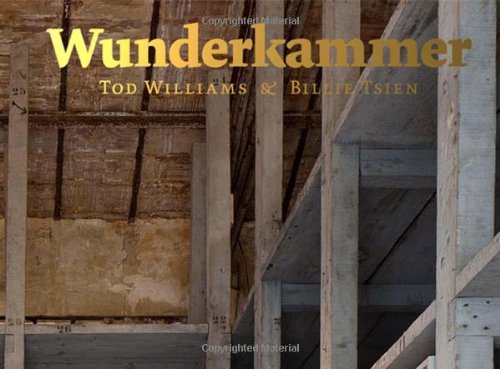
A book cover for Wunderkammer; Tod Williams; Arts & Photography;